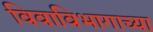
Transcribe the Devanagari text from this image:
विवाविभागाच्या